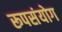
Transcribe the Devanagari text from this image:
रूपसंयोग